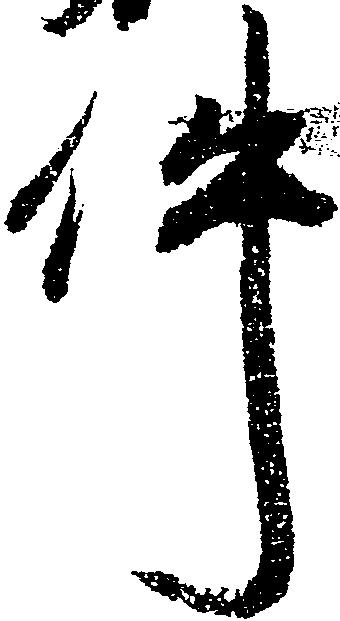
件